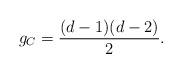
LaTeX: \begin{align*} g_C = \frac{(d-1)(d-2)}{2}. \end{align*}